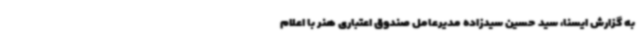
به گزارش ایسنا، سید حسین سیدزاده مدیرعامل صندوق اعتباری هنر با اعلام